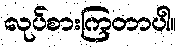
လုပ်စားကြတာပါ။